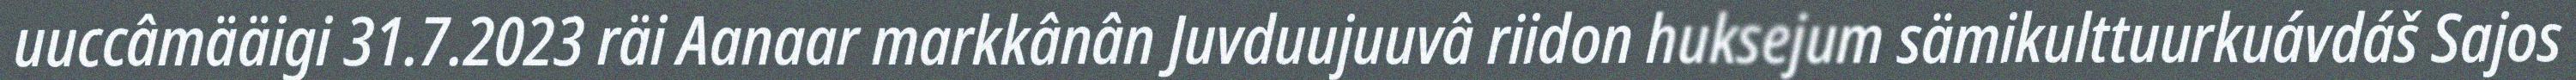
uuccâmääigi 31.7.2023 räi Aanaar markkânân Juvduujuuvâ riidon huksejum sämikulttuurkuávdáš Sajos